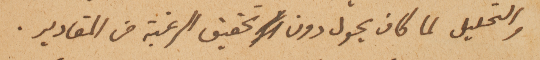
والتحليل لما كان يحول دون تحقيق الرغبة من المقادير.